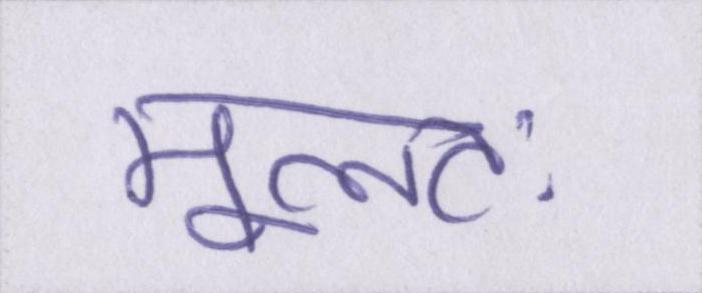
मूलतः